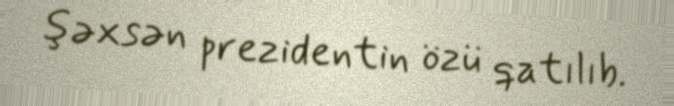
şəxsən prezidentin özü qatılıb.